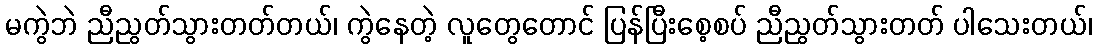
မကွဲဘဲ ညီညွတ်သွားတတ်တယ်၊ ကွဲနေတဲ့ လူတွေတောင် ပြန်ပြီးစေ့စပ် ညီညွတ်သွားတတ် ပါသေးတယ်၊